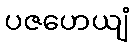
ပဇဟေယျံ